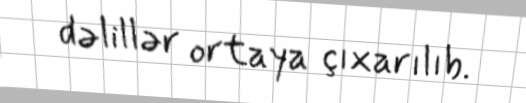
dəlillər ortaya çıxarılıb.